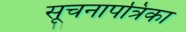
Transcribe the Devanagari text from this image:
सूचनापत्रिका